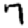
Digit: 7